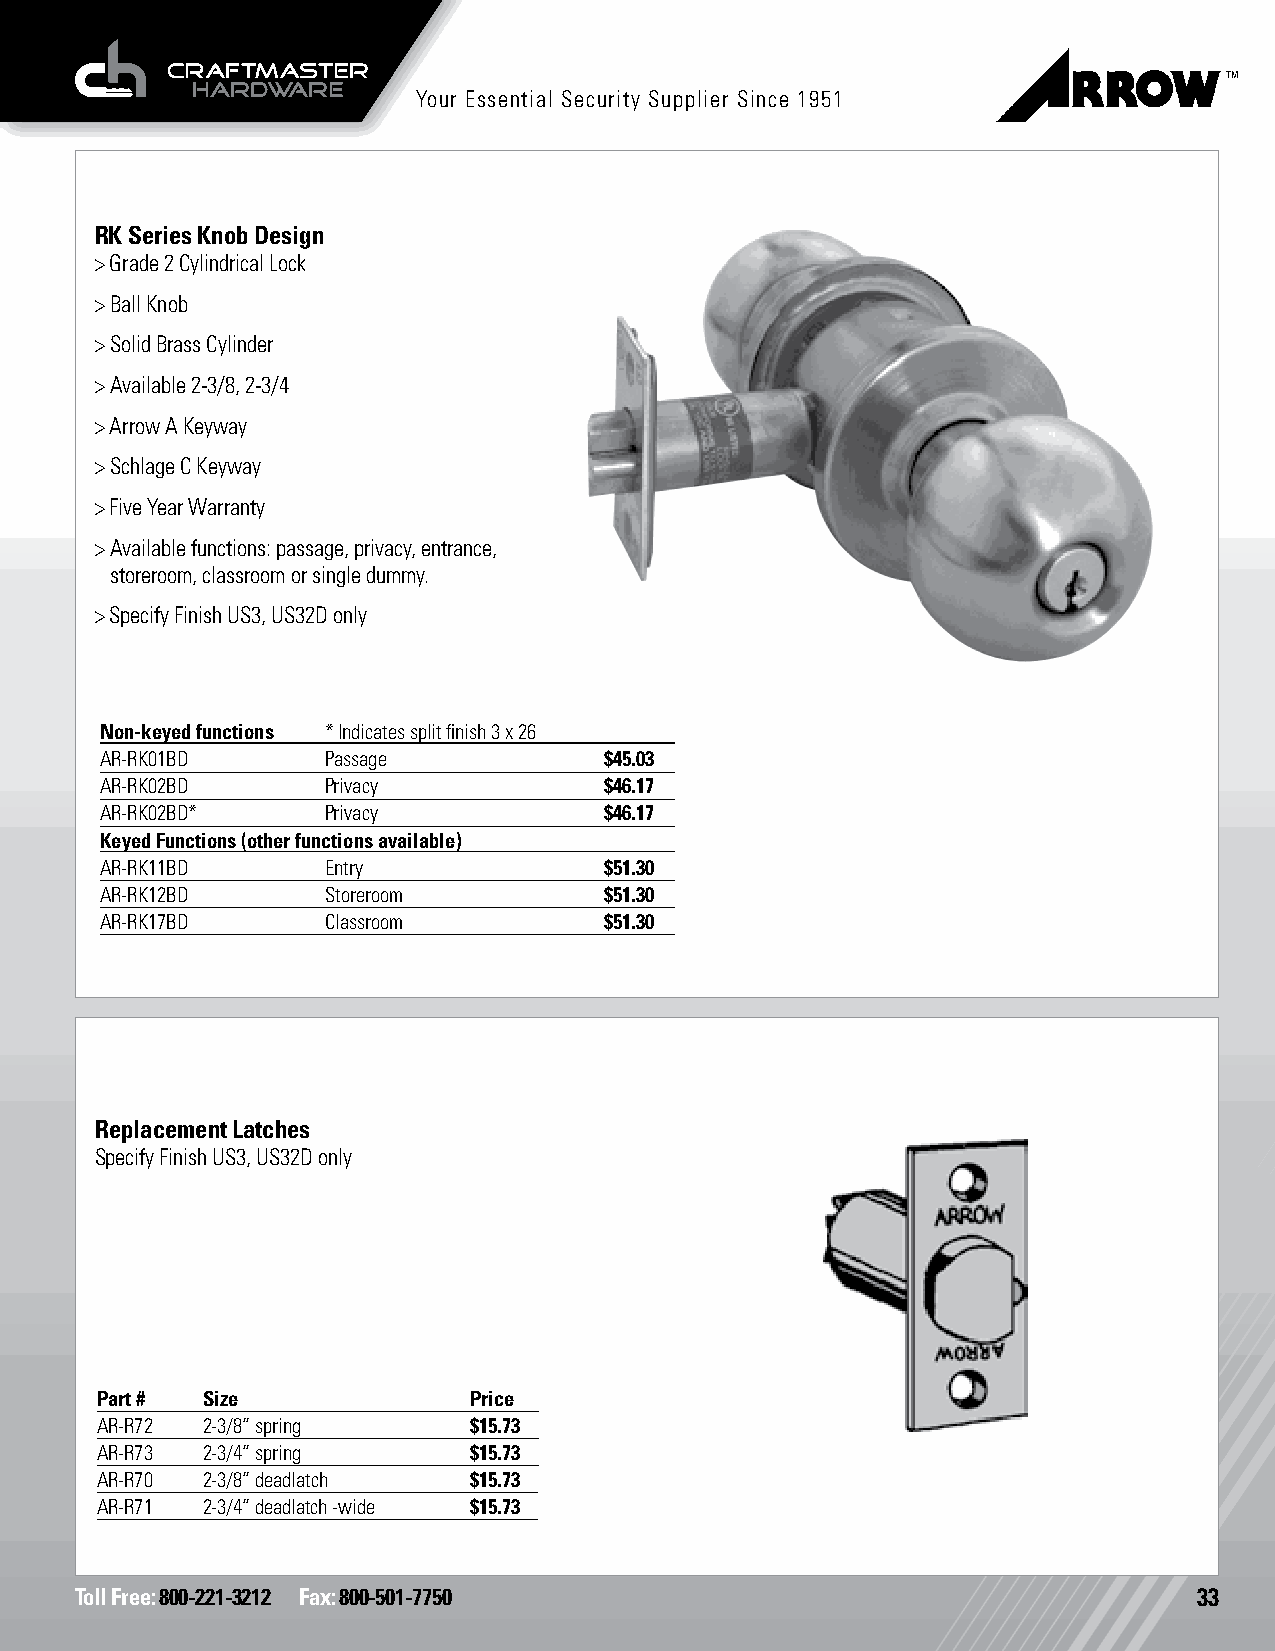
Your Essential Security Supplier Since 1951
 RK Series Knob Design
 > Grade 2 Cylindrical Lock
 > Ball Knob
 > Solid Brass Cylinder
 > Available 2-3/8, 2-3/4
 > Arrow A Keyway
 > Schlage C Keyway
 > Five Year Warranty
 > Available functions: passage, privacy, entrance,
 storeroom, classroom or single dummy.
 > Specify Finish US3, US32D only
 Non-keyed functions * Indicates split finish 3 x 26
 AR-RK01BD      Passage           $45.03
 AR-RK02BD      Privacy           $46.17
 AR-RK02BD*     Privacy           $46.17
 Keyed Functions (other functions available)
 AR-RK11BD      Entry             $51.30
 AR-RK12BD      Storeroom         $51.30
 AR-RK17BD      Classroom         $51.30
 Replacement Latches
 Specify Finish US3, US32D only
 Part # Size              Price
 AR-R72 2-3/8” spring     $15.73
 AR-R73 2-3/4” spring     $15.73
 AR-R70 2-3/8” deadlatch  $15.73
 AR-R71 2-3/4” deadlatch -wide $15.73
 Toll Free: 800-221-3212 Fax: 800-501-7750                                 33